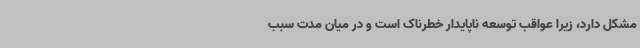
مشکل دارد، زیرا عواقب توسعه ناپایدار خطرناک است و در میان مدت سبب